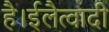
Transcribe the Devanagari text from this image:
है।ईलैत्वादी